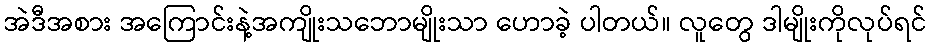
အဲဒီအစား အကြောင်းနဲ့အကျိုးသဘောမျိုးသာ ဟောခဲ့ ပါတယ်။ လူတွေ ဒါမျိုးကိုလုပ်ရင်